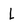
Character: L